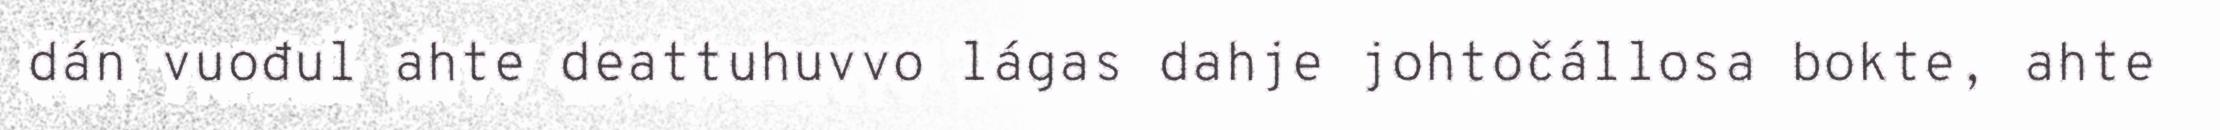
dán vuođul ahte deattuhuvvo lágas dahje johtočállosa bokte, ahte